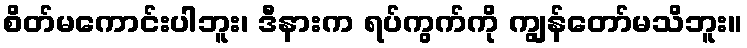
စိတ်မကောင်းပါဘူး၊ ဒီနားက ရပ်ကွက်ကို ကျွန်တော်မသိဘူး။